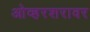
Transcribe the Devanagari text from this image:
ओव्हरशरावर